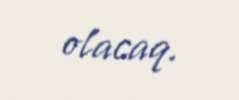
olacaq.